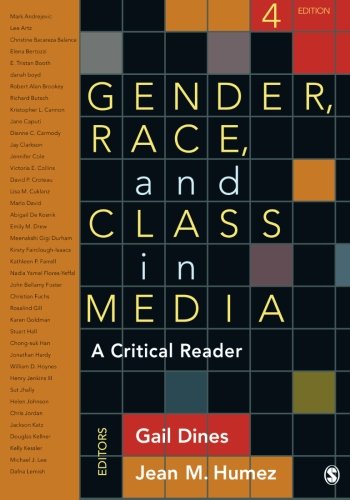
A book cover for Gender, Race, and Class in Media: A Critical Reader; Politics & Social Sciences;